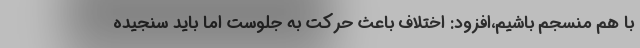
با هم منسجم باشیم،افزود: اختلاف باعث حرکت به جلوست اما باید سنجیده